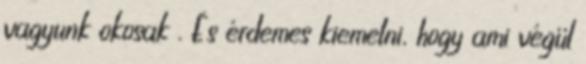
vagyunk okosak . És érdemes kiemelni, hogy ami végül